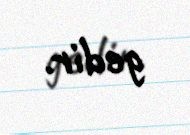
gedir.